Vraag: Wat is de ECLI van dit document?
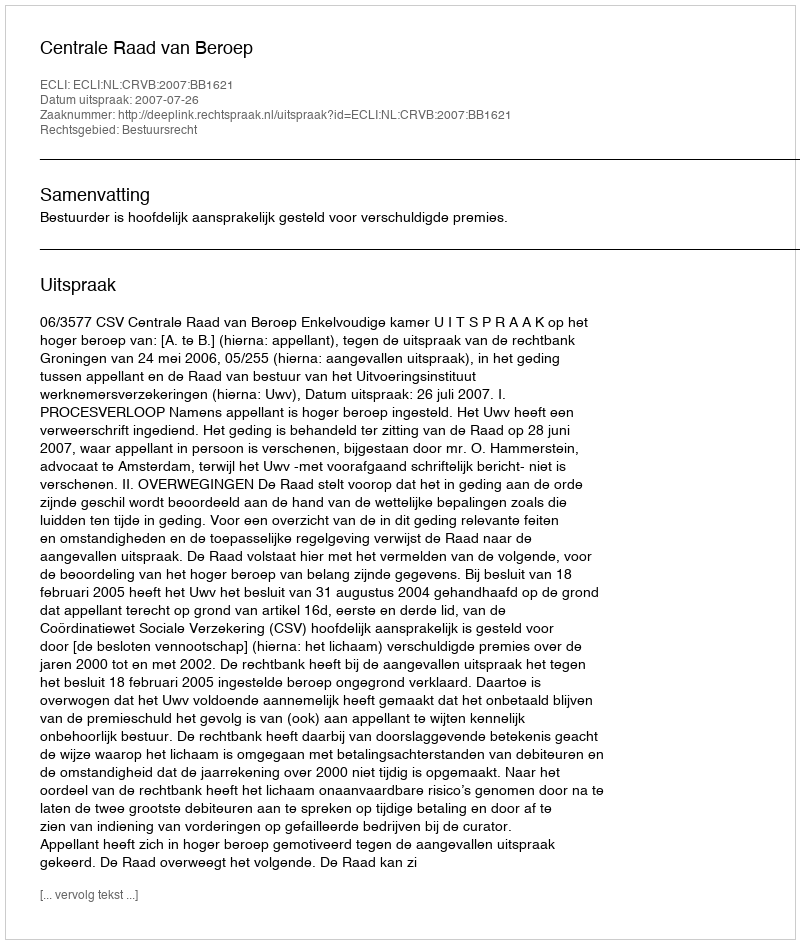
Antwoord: ECLI:NL:CRVB:2007:BB1621